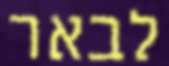
לבאר